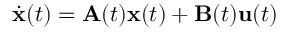
{ \dot { \mathbf { x } } } ( t ) = \mathbf { A } ( t ) \mathbf { x } ( t ) + \mathbf { B } ( t ) \mathbf { u } ( t )